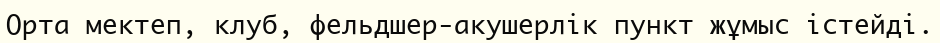
Орта мектеп, клуб, фельдшер-акушерлік пункт жұмыс істейді.